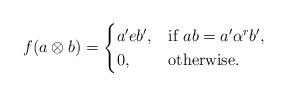
LaTeX: \begin{align*}f(a \otimes b) = \begin{cases}a' e b', & \mbox{if $ab= a' \alpha^r b'$}, \\0, & \mbox{otherwise.}\end{cases} \end{align*}